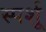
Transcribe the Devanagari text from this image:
स्पर्शू